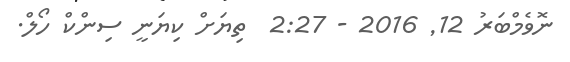
ނޮވެމްބަރު 12